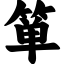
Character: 箪